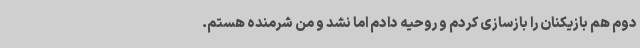
دوم هم بازیکنان را بازسازی کردم و روحیه دادم اما نشد و من شرمنده هستم.